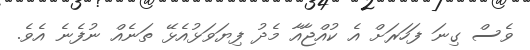
ވެސް ގިނަ ފަހަރަށް އެ ކުއްޖާއާ މެދު ފިޔަވަޅުއެޅޭ ތަނެއް ނުފެނެ އެވެ.